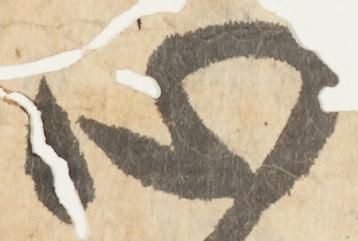
心